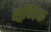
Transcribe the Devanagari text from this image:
क्ष्रेणिक